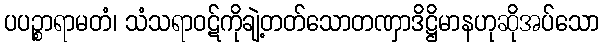
ပပဉ္စာရာမတံ၊ သံသရာဝဋ်ကိုချဲ့တတ်သောတဏှာဒိဋ္ဌိမာနဟုဆိုအပ်သော